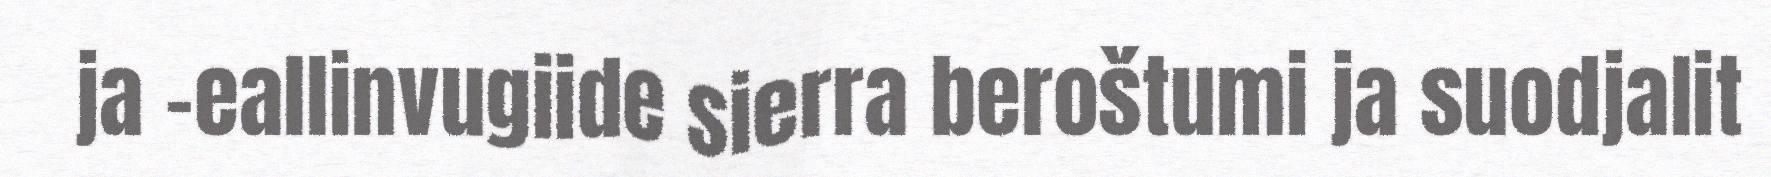
ja -eallinvugiide sierra beroštumi ja suodjalit